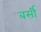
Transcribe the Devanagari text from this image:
बर्सी